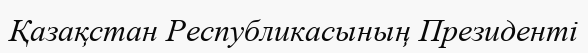
Қазақстан Республикасының Президенті